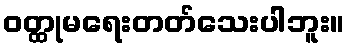
ဝတ္ထုမရေးတတ်သေးပါဘူး။